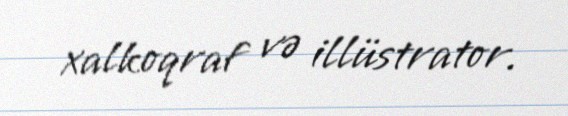
xalkoqraf və illüstrator.